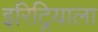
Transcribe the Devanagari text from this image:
इरिट्रियाला